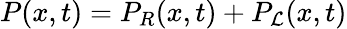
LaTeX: P(x,t)=P_{R}(x,t)+P_{\mathcal{L}}(x,t)